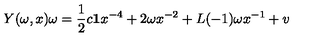
Y ( \omega , x ) \omega = { \frac { 1 } { 2 } } c { \bf 1 } x ^ { - 4 } + 2 \omega x ^ { - 2 } + L ( - 1 ) \omega x ^ { - 1 } + v